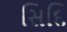
સિદિ